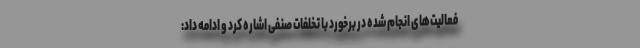
فعالیت‌های انجام شده در برخورد با تخلفات صنفی اشاره کرد و ادامه داد: